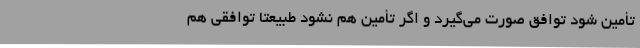
تأمین شود توافق صورت می‌گیرد و اگر تأمین هم نشود طبیعتا توافقی هم